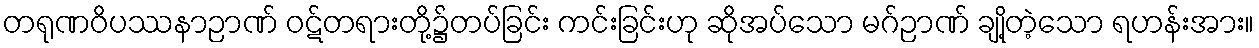
တရုဏဝိပဿနာဉာဏ် ဝဋ်တရားတို့၌တပ်ခြင်း ကင်းခြင်းဟု ဆိုအပ်သော မဂ်ဉာဏ် ချို့တဲ့သော ရဟန်းအား။